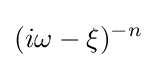
(i\omega -\xi )^{-n}